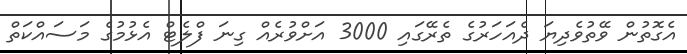
އެގޮތުން ވޭތުވެދިޔަ ދެއަހަރުގެ ތެރޭގައި 3000 އަށްވުރެއް ގިނަ ފްލެޓް އެޅުމުގެ މަސައްކަތް